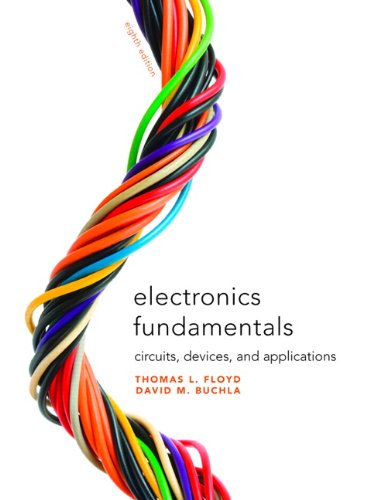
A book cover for Electronics Fundamentals: Circuits, Devices & Applications (8th Edition); Thomas L. Floyd; Business & Money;